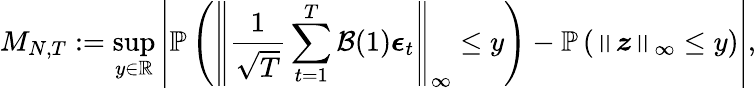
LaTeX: {M_{N,T}}:=\operatorname*{sup}_{y\in\mathbb{R}}\left\lvert\mathbb{P}\left(\left\lVert\frac{1}{\sqrt{T}}\sum_{t=1}^{T}\mathcal{B}(1)\boldsymbol{\epsilon}_{t}\right\rVert_{\infty}\leq y\right)-\mathbb{P}\left(\left\lVert\boldsymbol{z}\right\rVert_{\infty}\leq y\right)\right\rvert,